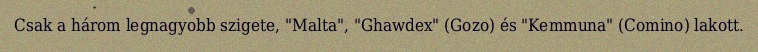
Csak a három legnagyobb szigete, "Malta", "Ghawdex" (Gozo) és "Kemmuna" (Comino) lakott.